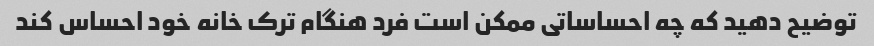
توضیح دهید که چه احساساتی ممکن است فرد هنگام ترک خانه خود احساس کند